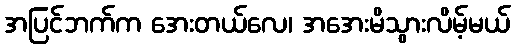
အပြင်ဘက်က အေးတယ်လေ၊ အအေးမိသွားလိမ့်မယ်